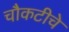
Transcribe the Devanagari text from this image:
चौकटीचे